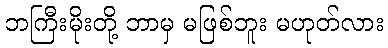
ဘကြီးမိုးတို့ ဘာမှ မဖြစ်ဘူး မဟုတ်လား